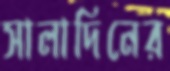
সালাদিনের